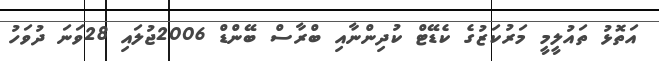
އަތޮޅު ތައުލީމީ މަރުކަޒުގެ ކެޑޭޓް ކުދިންނާއި ބްރާސް ބޭންޑް 2006ޖުލައި 28ވަނަ ދުވަހު